system: You are a helpful assistant.
user:
Analyze the provided spectrum to determine if it is a **S-type Star**.

- **Key Indicators for S-type Star:**

    - **(Overall Spectrum Shape):** The first and most obvious characteristic is the overall continuum (the "baseline" shape). It is **extremely "red-sloping,"** meaning the flux (light intensity) is very low on the left side (blue, ~4000-4500 Å) and rises steeply and continuously toward the right side (red, ~7000 Å+).

    - **(Primary):** The spectrum is defined by the presence of strong, broad molecular absorption "valleys" (bands) from **Zirconium Oxide (ZrO)**. The identification of these bands is the **primary requirement** for classifying a star as S-type.
        - **(Key Bandheads):** You must find distinct, deep "dips" where the light has been absorbed. The most critical band systems to locate are:
            - **~6474 Å** ($\gamma$-system): This is often the strongest and clearest ZrO feature, found in the red part of the spectrum.
            - **~5718 Å** & **~5551 Å** ($\beta$-system): A pair of prominent absorption features in the yellow-orange part of the spectrum.
            - **~4640 Å** ($\alpha$-system): A key absorption band system in the blue-green region of the spectrum.

    - **(Secondary Confirmation):** The classification is strengthened by finding additional absorption bands from other related heavy element oxides, which are expected to be present alongside ZrO.
        - **(Key Bandheads):**
            - **Yttrium Oxide (YO):** Look for absorption dips near **~4800 Å** and **~6100 Å**.
            - **Lanthanum Oxide (LaO):** Additional absorption features, particularly in the red-orange part of the spectrum, are also characteristic.

    - **(Line Profile):** The combination of the steep red continuum and these numerous, deep molecular bands (ZrO, YO, etc.) gives the entire spectrum a very **"chopped-up"** or **"bumpy"** appearance. Instead of a smooth curve, the spectrum looks as though large, wide chunks of light have been "carved out" of it at the specific wavelengths listed above.

Think first, call **spectral_visualization_tool** if needed to examine features in detail, then provide your final answer. Your response must adhere to the following strict rules:
1.  **Overall Structure:** Your response must follow the format `<think>...</think> <tool_call>...</tool_call> (if a tool is used) <answer>...</answer>`.
2.  **Tool Usage Constraint:** You may only make **one** tool call per turn.
3.  **Final Answer Format:** In the `<answer>` tag, your conclusion must be inside a `\boxed{}` command (e.g., `\boxed{YES}` or `\boxed{NO}`), followed by your justification.

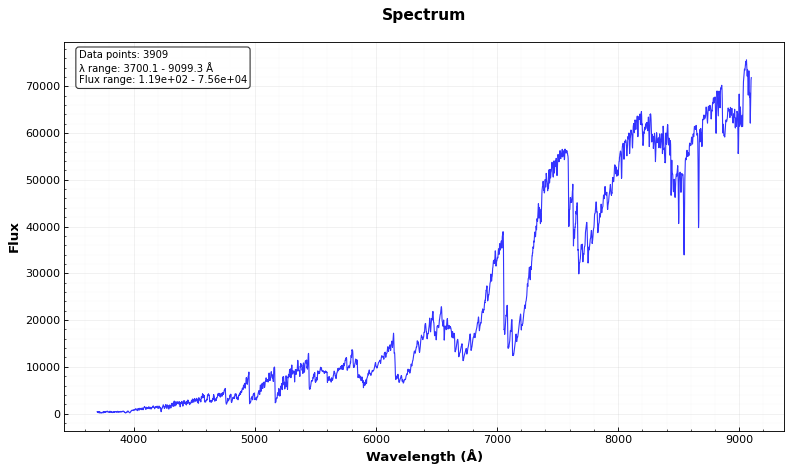
Answer: YES